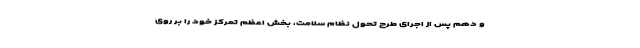
و دهم پس از اجرای طرح تحول نظام سلامت، بخش اعظم تمرکز خود را بر روی